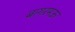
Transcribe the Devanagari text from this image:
बागरमऊ